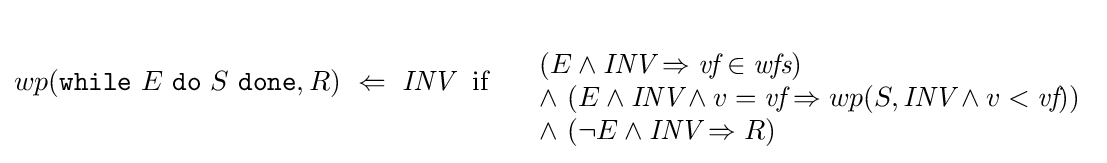
wp({\texttt {while}}\ E\ {\texttt {do}}\ S\ {\texttt {done}},R)\ \Leftarrow \ {\textit {INV}}\ \ {\text{if}}\ \ \ \ {\begin{array}{l}\\(E\wedge {\textit {INV}}\Rightarrow {\textit {vf}}\in {\textit {wfs}})\\\wedge \ (E\wedge {\textit {INV}}\wedge v={\textit {vf}}\Rightarrow wp(S,{\textit {INV}}\wedge v<{\textit {vf}}))\\\wedge \ (\neg E\wedge {\textit {INV}}\Rightarrow R)\end{array}}